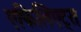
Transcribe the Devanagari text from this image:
एफिलिएट्स